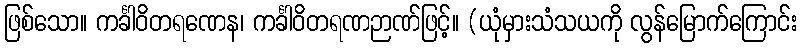
ဖြစ်သော။ ကင်္ခါဝိတရဏေန၊ ကင်္ခါဝိတရဏဉာဏ်ဖြင့်။ (ယုံမှားသံသယကို လွန်မြောက်ကြောင်း